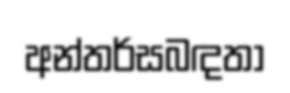
අන්තර්සබඳතා